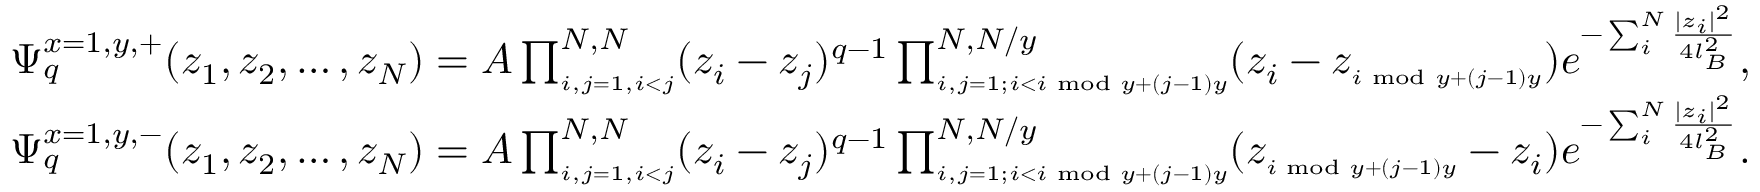
\begin{array} { l } { \Psi _ { q } ^ { x = 1 , y , + } ( z _ { 1 } , z _ { 2 } , \dots , z _ { N } ) = A \prod _ { \scriptscriptstyle { i , j = 1 , i < j } } ^ { N , N } ( z _ { i } - z _ { j } ) ^ { q - 1 } \prod _ { \scriptscriptstyle { i , j = 1 ; i < i \; \operatorname { m o d } \; y + ( j - 1 ) y } } ^ { N , N / y } ( z _ { i } - z _ { \scriptscriptstyle { i \; \operatorname { m o d } \; y + ( j - 1 ) y } } ) e ^ { - \sum _ { i } ^ { N } \frac { | z _ { i } | ^ { 2 } } { 4 l _ { B } ^ { 2 } } } , } \\ { \Psi _ { q } ^ { x = 1 , y , - } ( z _ { 1 } , z _ { 2 } , \dots , z _ { N } ) = A \prod _ { \scriptscriptstyle { i , j = 1 , i < j } } ^ { N , N } ( z _ { i } - z _ { j } ) ^ { q - 1 } \prod _ { \scriptscriptstyle { i , j = 1 ; i < i \; \operatorname { m o d } \; y + ( j - 1 ) y } } ^ { N , N / y } ( z _ { \scriptscriptstyle { i \; \operatorname { m o d } \; y + ( j - 1 ) y } } - z _ { i } ) e ^ { - \sum _ { i } ^ { N } \frac { | z _ { i } | ^ { 2 } } { 4 l _ { B } ^ { 2 } } } . } \end{array}